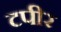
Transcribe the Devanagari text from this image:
टपीर